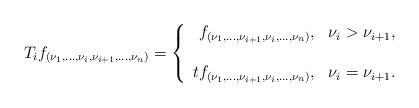
LaTeX: \begin{align*}T_i f_{(\nu_1,\dots,\nu_i,\nu_{i+1},\dots,\nu_n)}=\left\{\begin{array}{rl}f_{(\nu_1,\dots,\nu_{i+1},\nu_{i},\dots,\nu_n)},& \nu_i >\nu_{i+1},\\ \\t f_{(\nu_1,\dots,\nu_{i+1},\nu_{i},\dots,\nu_n)},& \nu_i =\nu_{i+1}.\end{array}\right.\end{align*}